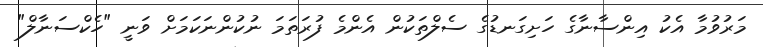
މަރުވުމާ އެކު އިންސާނާގެ ހަށިގަނޑުގެ ސެލްތަކުން އެންމެ ފުރަތަަމަ ނުކުންނަކަމަށް ވަނީ "ހެކްސަނާލް"